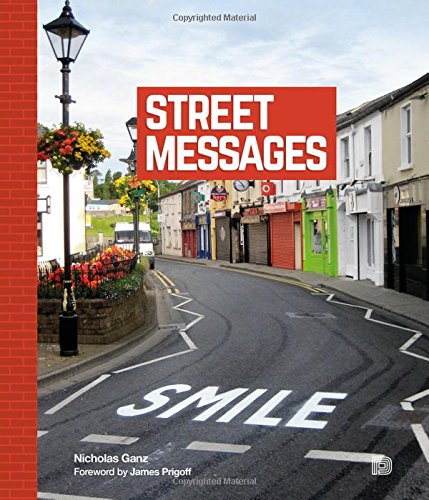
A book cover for STREET MESSAGES; Nicholas Ganz; Arts & Photography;